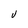
Character: V